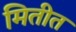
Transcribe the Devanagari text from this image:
मितीत